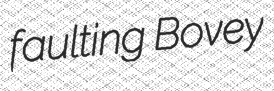
faulting Bovey